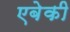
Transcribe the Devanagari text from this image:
एबेकी